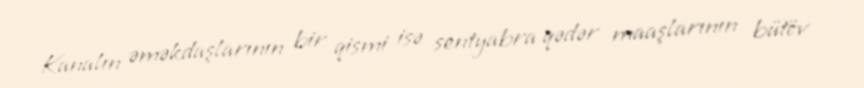
Kanalın əməkdaşlarının bir qismi isə sentyabra qədər maaşlarının bütöv